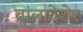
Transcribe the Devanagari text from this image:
बांलादेशेर